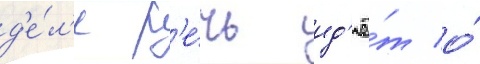
д'е́л'е р'е́чь ид'ё́т о́